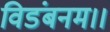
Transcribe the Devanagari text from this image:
विडंबनम।।